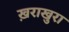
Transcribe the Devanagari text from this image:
ख़राखुरा